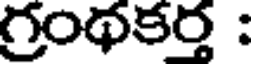
గ్రంథకర్త :